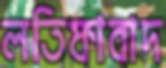
লতিফাবাদ